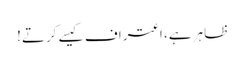
ظاہر ہے، اعتراف کیسے کرتے!